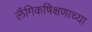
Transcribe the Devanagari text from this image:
लैंगिकषिक्षणाच्या